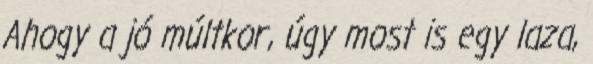
Ahogy a jó múltkor, úgy most is egy laza,